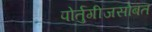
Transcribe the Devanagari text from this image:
पोर्तुगीजसोबत